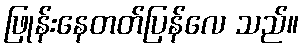
ဖြုန်းနေတတ်ပြန်လေ သည်။